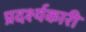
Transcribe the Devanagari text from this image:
प्रदर्श्यकारी